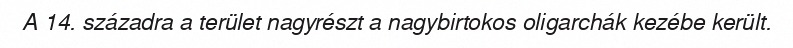
A 14. századra a terület nagyrészt a nagybirtokos oligarchák kezébe került.